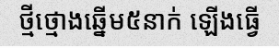
ថ្មីថ្មោងឆ្នើម៥នាក់ ឡើងធ្វើ